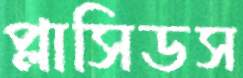
প্লাসিডস